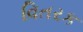
વિતરક